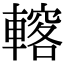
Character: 𨎣